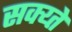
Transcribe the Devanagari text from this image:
सक्य्ते